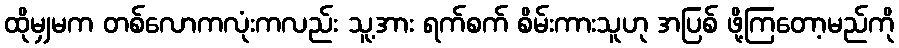
ထိုမျှမက တစ်လောကလုံးကလည်း သူ့အား ရက်စက် စိမ်းကားသူဟု အပြစ် ဖို့ကြတော့မည်ကို